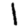
Digit: 1